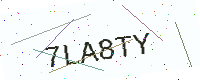
Text: 7LA8TY